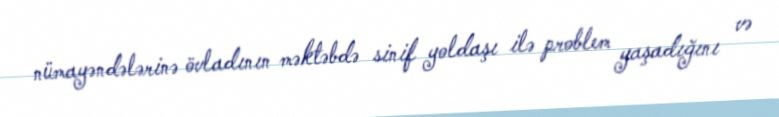
nümayəndələrinə övladının məktəbdə sinif yoldaşı ilə problem yaşadığını və